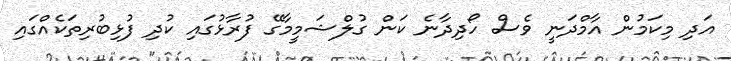
އަދި މިކަމުން އާމްދަނީ ވެސް ހޯދިދާނެ ކަން ގުލްޝަމީމާގޭ ފުރާޅުގައި ކުދި ފުޅިބުރިތަކެއްގައި